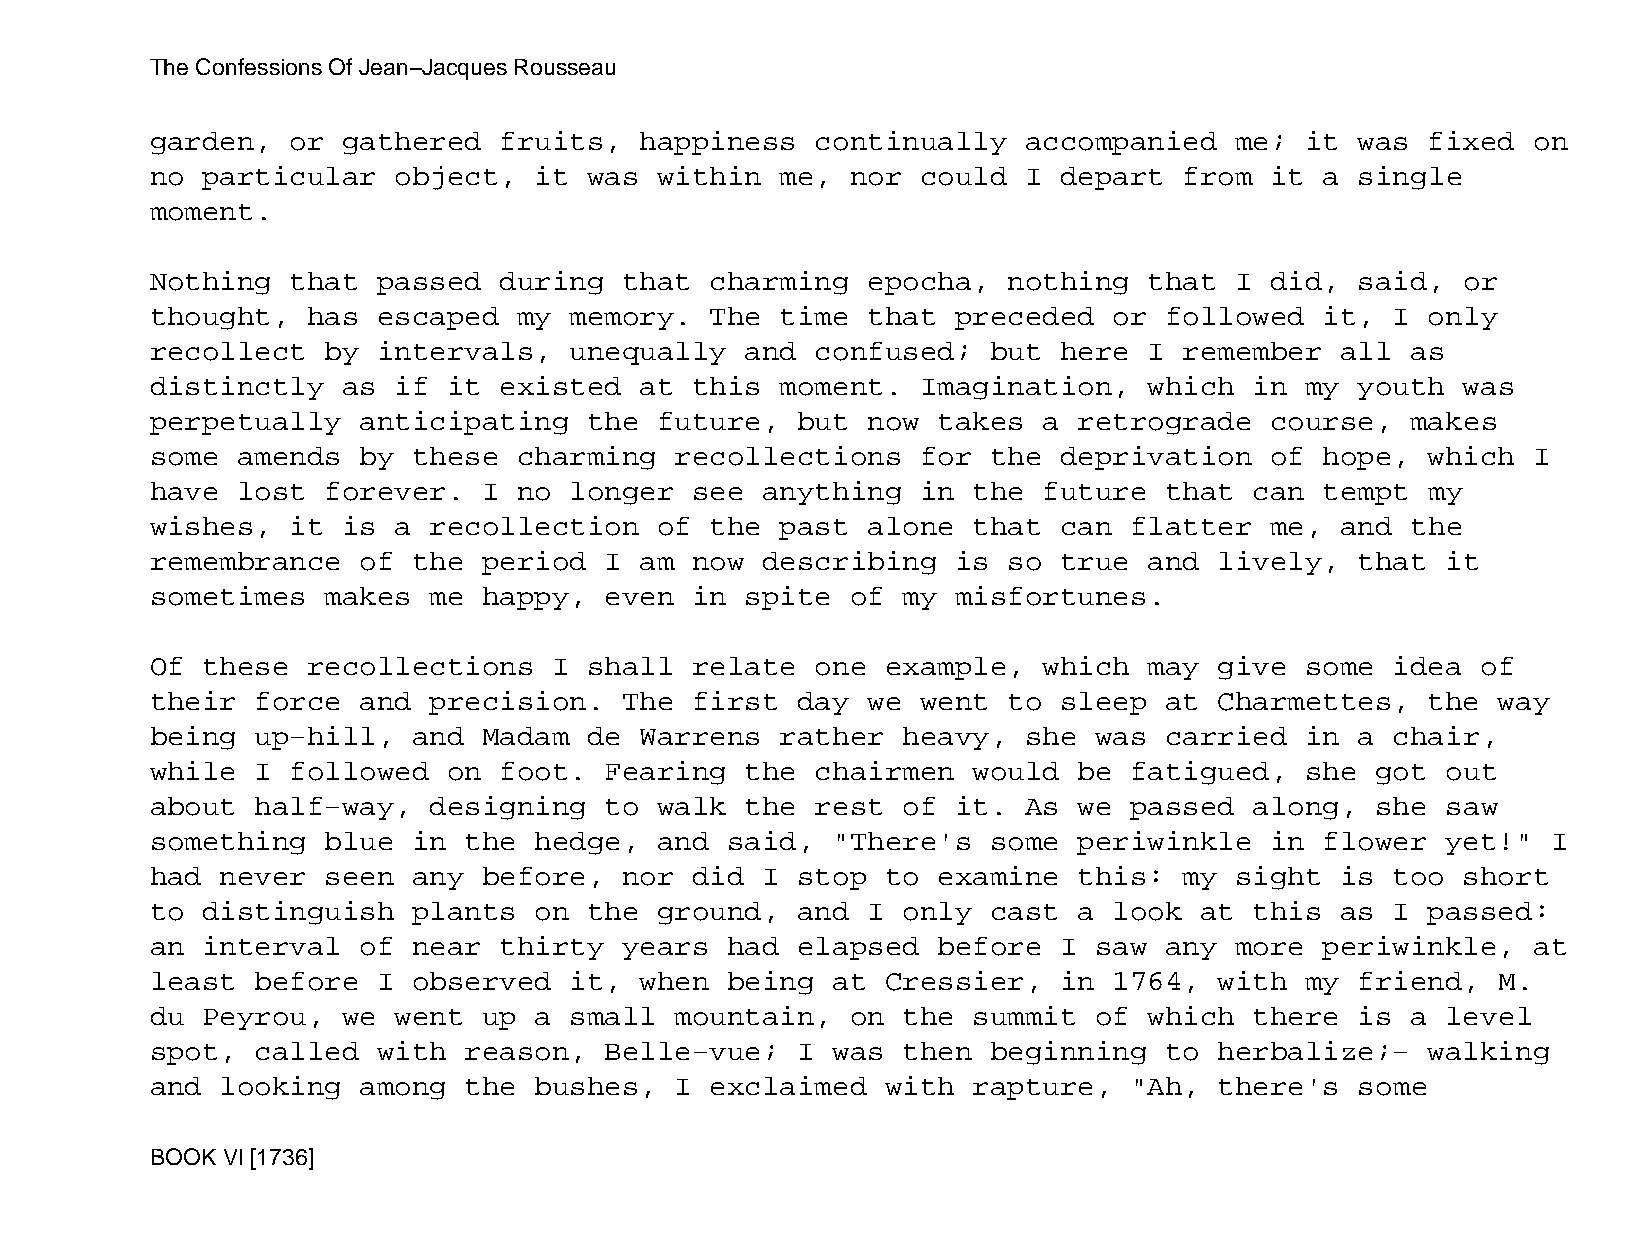
The Confessions Of Jean−Jacques Rousseau
 garden,  or  gathered  fruits,  happiness   continually   accompanied   me; it  was  fixed on
 no particular   object,  it  was  within  me, nor  could  I depart  from  it  a single
 moment.
 Nothing  that  passed  during  that  charming  epocha,   nothing  that  I did,  said,  or
 thought,  has  escaped  my  memory.  The  time that  preceded   or followed   it, I  only
 recollect   by intervals,   unequally  and  confused;   but here  I remember   all as
 distinctly   as if  it existed  at  this  moment.  Imagination,   which  in my  youth  was
 perpetually   anticipating   the  future,  but now  takes  a retrograde   course,  makes
 some  amends  by these  charming   recollections   for  the deprivation   of  hope,  which I
 have  lost  forever.  I no  longer  see anything   in the  future  that  can  tempt  my
 wishes,  it  is a recollection    of the  past alone  that  can  flatter  me,  and the
 remembrance   of the  period  I am  now describing   is  so true  and  lively,  that  it
 sometimes   makes me  happy,  even  in spite  of  my misfortunes.
 Of these  recollections    I shall  relate  one  example,  which  may  give some  idea  of
 their  force  and precision.   The  first  day we  went  to sleep  at  Charmettes,   the way
 being  up−hill,  and  Madam  de Warrens   rather  heavy,  she was  carried  in  a chair,
 while  I followed   on foot.  Fearing  the  chairmen  would  be  fatigued,  she  got  out
 about  half−way,  designing   to  walk the  rest  of it.  As we  passed  along,  she  saw
 something   blue in  the hedge,   and said,  "There's   some periwinkle   in  flower  yet!"  I
 had  never  seen any  before,  nor  did I  stop  to examine  this:  my  sight  is too  short
 to distinguish   plants  on  the  ground,  and I  only  cast a  look at  this  as I  passed:
 an interval   of near  thirty  years  had  elapsed  before  I saw  any  more  periwinkle,  at
 least  before  I observed   it, when  being  at  Cressier,  in  1764,  with my  friend,  M.
 du Peyrou,   we went  up a  small  mountain,  on  the summit  of  which  there  is a  level
 spot,  called  with  reason,  Belle−vue;   I was  then  beginning  to  herbalize;−   walking
 and  looking  among  the bushes,   I exclaimed   with rapture,   "Ah,  there's  some
 BOOK VI [1736]